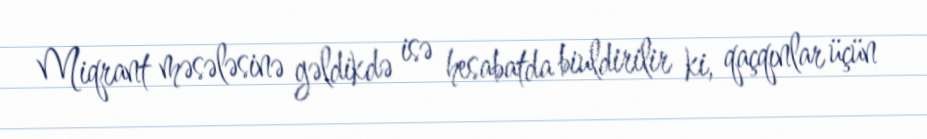
Miqrant məsələsinə gəldikdə isə hesabatda biuldirilir ki, qaçqınlar üçün